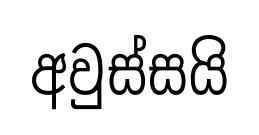
අවුස්සයි